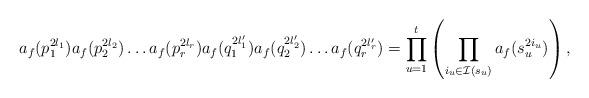
LaTeX: \begin{align*}a_f(p_1^{2l_1})a_f(p_2^{2l_2})\dots a_f(p_r^{2l_r})a_f(q_1^{2l_1'})a_f(q_2^{2l_2'})\dots a_f(q_r^{2l_r'}) = \prod_{u=1}^ t \left(\prod_{i_u \in \mathcal I(s_u)} a_f(s_u^{2i_u})\right),\end{align*}